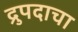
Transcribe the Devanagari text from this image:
द्रुपदाचा